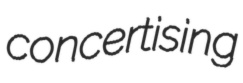
concertising